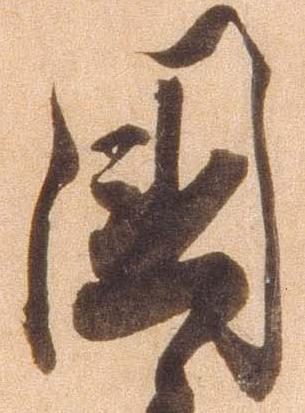
国